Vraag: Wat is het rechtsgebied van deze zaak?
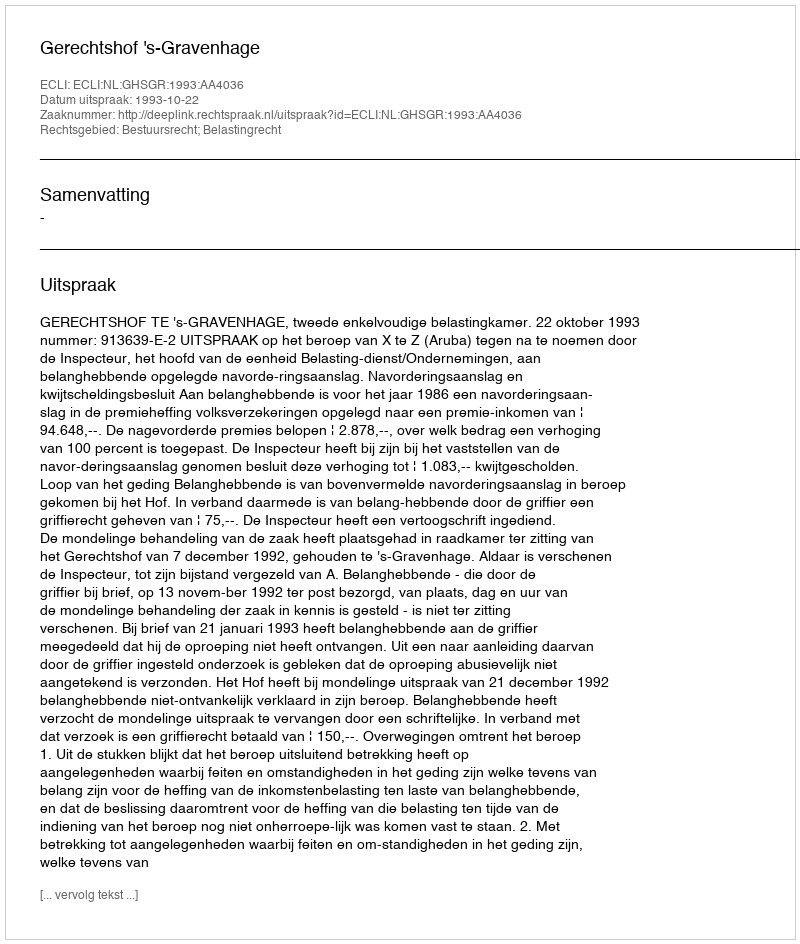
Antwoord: Bestuursrecht; Belastingrecht